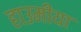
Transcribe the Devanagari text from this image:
हाउमीया